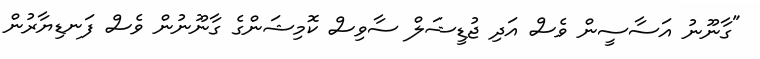
"ގާނޫނު އަސާސީން ވެސް އަދި ޖުޑީޝަލް ސާވިސް ކޮމިޝަންގެ ގާނޫނުން ވެސް ފަނޑިޔާރުން